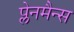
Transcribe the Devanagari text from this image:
प्लेनमैन्स